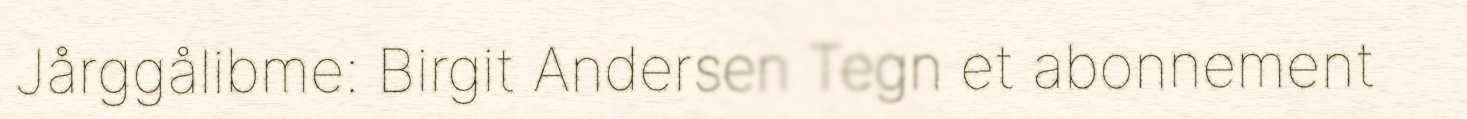
Jårggålibme: Birgit Andersen Tegn et abonnement